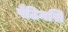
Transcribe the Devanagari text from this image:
पैठिनसि